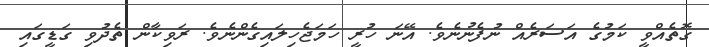
ގޮތެއްވީ ކަމުގެ އަސަރެއް ނުފެނުނެވެ. އޭނަ ހުރީ ހަމަޖެހިލައިގެންނެވެ. ރަވިކާން ތެދުވި ގަޑީގައި